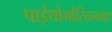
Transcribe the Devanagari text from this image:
पाईथोगोरियनवाद